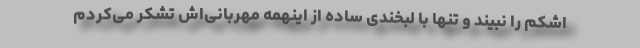
اشکم را نبیند و تنها با لبخندی ساده از اینهمه مهربانی‌اش تشکر می‌کردم